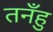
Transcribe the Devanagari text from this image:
तनँहु